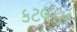
કટલાસ